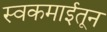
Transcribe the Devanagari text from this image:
स्वकमाईतून